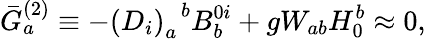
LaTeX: \bar{G}_{a}^{(2)}\equiv-\left(D_{i}\right)_{a}^{\; \; b}B_{b}^{0i}+gW_{ab}H_{0}^{b}\approx 0,